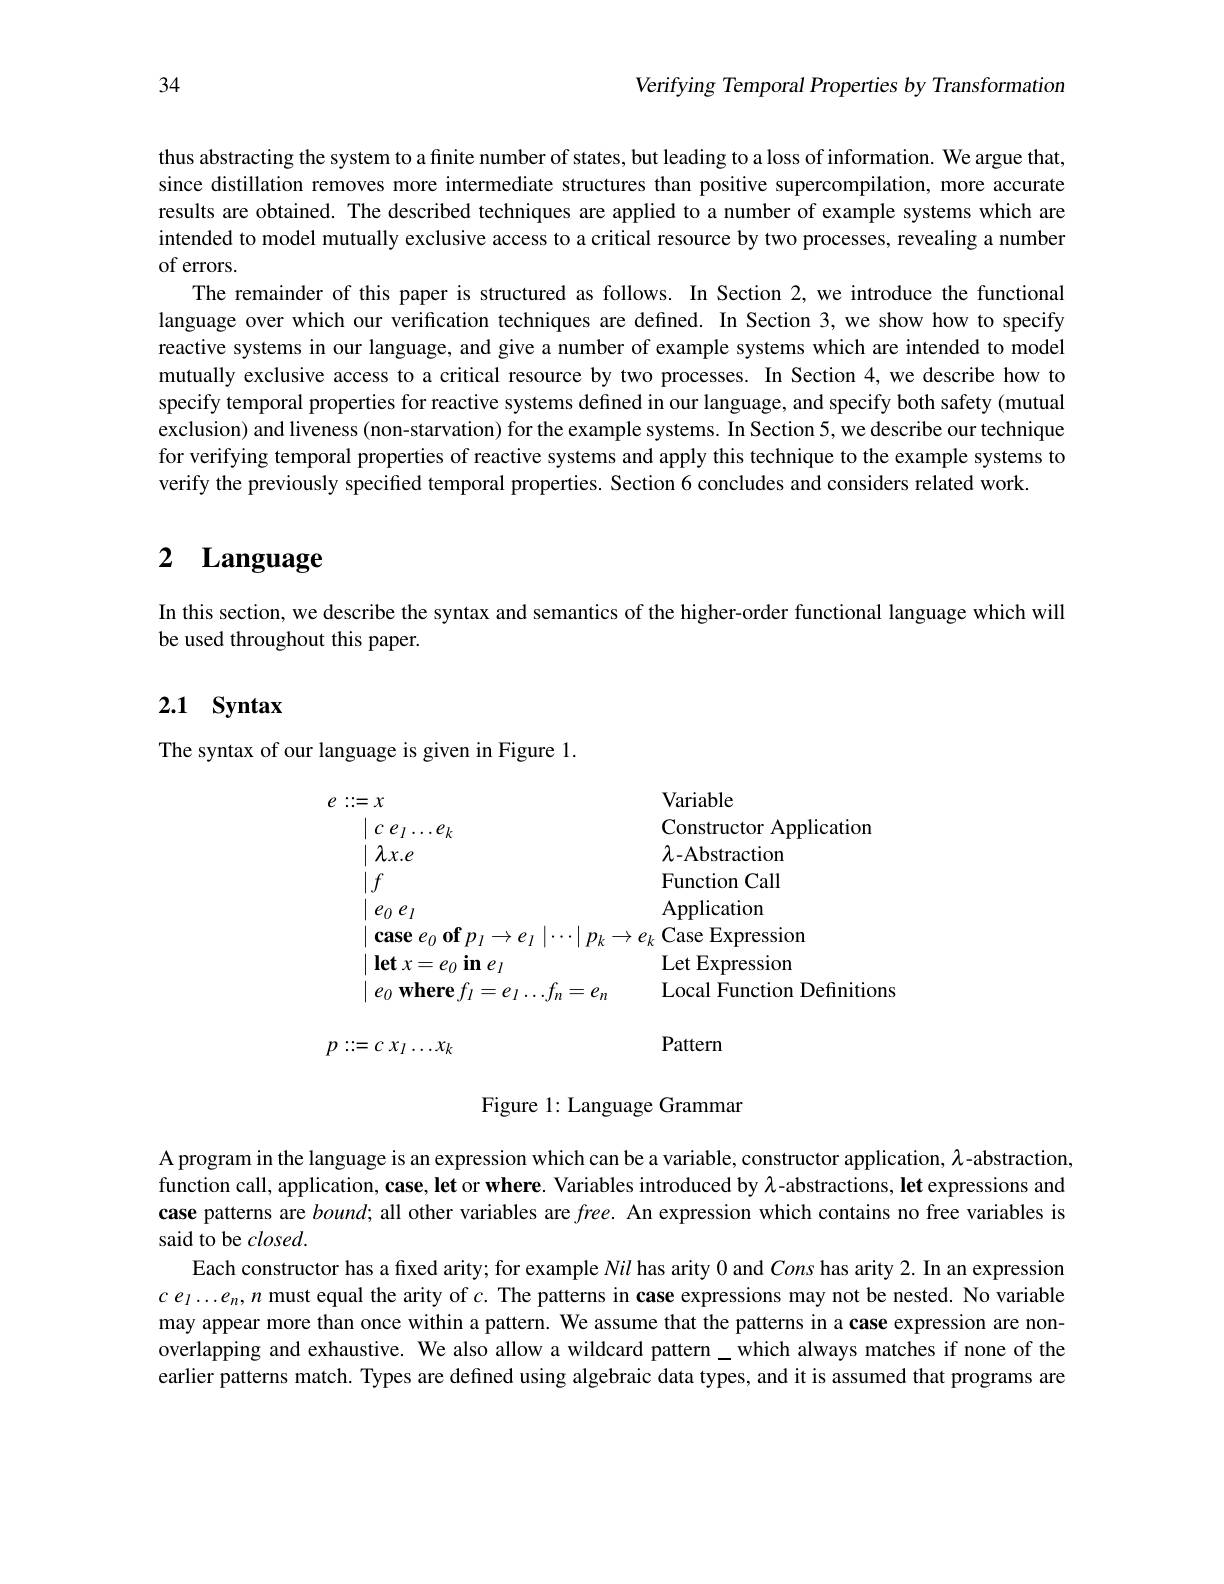
Verifying Temporal Properties by Transformation

34

thus abstracting the system to a finite number of states, but leading to a loss of information. We argue that, since distillation removes more intermediate structures than positive supercompilation, more accurate results are obtained. The described techniques are applied to a number of example systems which are intended to model mutually exclusive access to a critical resource by two processes, revealing a number

of errors.
The remainder of this paper is structured as follows. In Section 2, we introduce the functional language over which our verification techniques are defined. In Section 3,we show how to specify reactive systems in our language, and give a number of example systems which are intended to model mutually exclusive access to a critical resource by two processes. In Section 4, we describe how to specify temporal properties for reactive systems defined in our language, and specify both safety (mutual exclusion) and liveness (non-starvation) for the example systems. In Section 5, we describe our technique for verifying temporal properties of reactive systems and apply this technique to the example systems to verify the previously specified temporal properties. Section 6 concludes and considers related work

# 2 Language

In this section, we describe the syntax and semantics of the higher-order functional language which will
be used throughout this paper.

# 2.1 Syntax

The syntax of our language is given in Figure 1.
$$\begin{aligned}&e::=x&&\text{Variable}\\&\mid c\:e_{l}\ldots e_{k}&&\text{Constructor Application}\\&\mid\lambda.x.e&&\lambda\text{-Abstraction}\\&\mid f&&\text{Function Call}\\&\mid e_{0}\:e_{l}&&\text{Application}\\&\mid\textbf{case }e_{0}\textbf{ of }p_{l}\to e_{l}\mid\cdots\mid p_{k}\to e_{k}\text{ Case Expression}\\&\mid\textbf{let }x=e_{0}\textbf{ in }e_{l}&&\text{Let Expression}\\&\mid e_{0}\textbf{ where }f_{l}=e_{l}\ldots f_{n}=e_{n}&&\text{Local Function Definitions}\end{aligned}$$
Pattern
$$p::=c\:x_{I}\ldots x_{k}$$
Figure 1: Language Grammar

A program in the language is an expression which can be a variable, constructor application, $\lambda$-abstraction, function call, application, case, let or where. Variables introduced by $\lambda$-abstractions, let expressions and case patterns are $bound;$ all other variables are $free.$ An expression which contains no free variables is said to be $closed.$
Each constructor has a fixed arity; for example Nil has arity 0 and Cons has arity 2. In an expression $ce_l\ldots e_n,n$ must equal the arity of $c.$ The patterns in case expressions may not be nested. No variable may appear more than once within a pattern. We assume that the patterns in a case expression are nonoverlapping and exhaustive. We also allow a wildcard pattern which always matches if none of the earlier patterns match. Types are defined using algebraic data types, and it is assumed that programs are